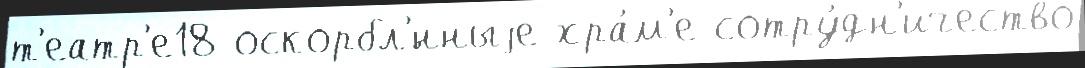
т'еатр'е18 оскорбл'́нныjе хра́м'е сотру́дн'ичество